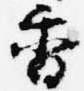
香